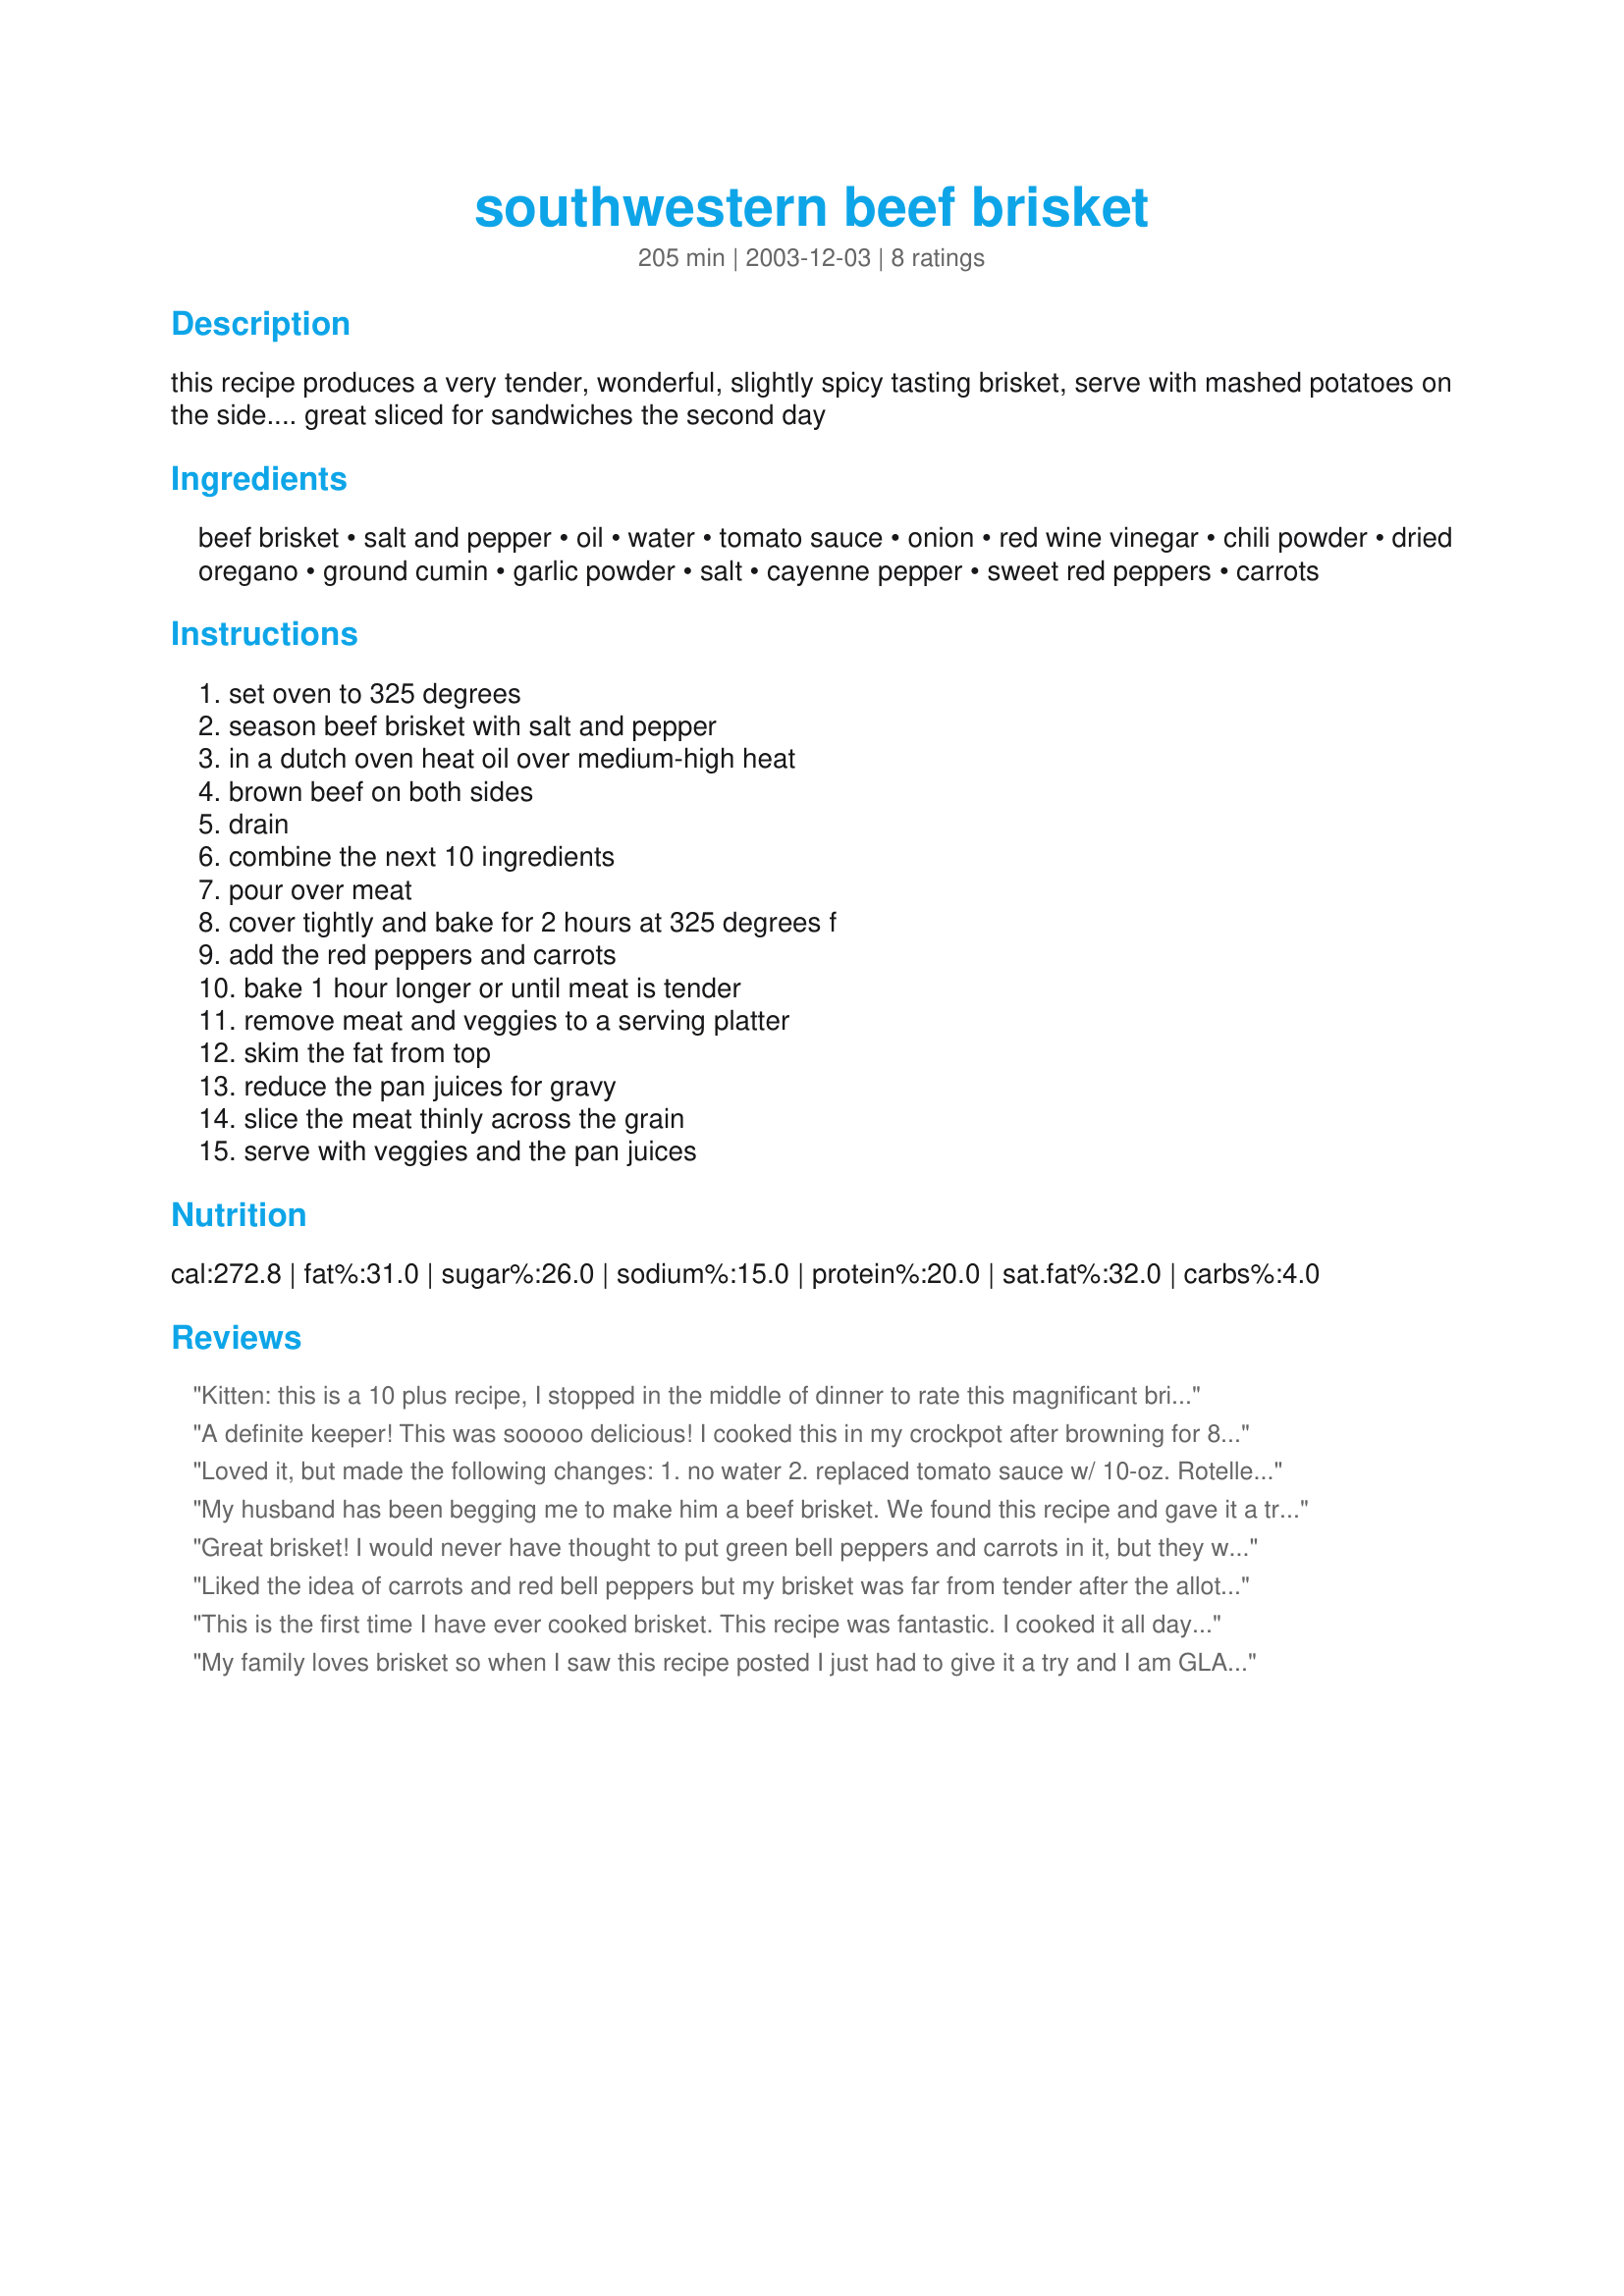
southwestern beef brisket
Preparation time: 205 minutes

this recipe produces a very tender, wonderful, slightly spicy tasting brisket, serve with mashed potatoes on the side.... great sliced for sandwiches the second day

Ingredients:
beef brisket, salt and pepper, oil, water, tomato sauce, onion, red wine vinegar, chili powder, dried oregano, ground cumin, garlic powder, salt, cayenne pepper, sweet red peppers, carrots

Steps:
set oven to 325 degrees, season beef brisket with salt and pepper, in a dutch oven heat oil over medium-high heat, brown beef on both sides, drain, combine the next 10 ingredients, pour over meat, cover tightly and bake for 2 hours at 325 degrees f, add the red peppers and carrots, bake 1 hour longer or until meat is tender, remove meat and veggies to a serving platter, skim the fat from top, reduce the pan juices for gravy, slice the meat thinly across the grain, serve with veggies and the pan juices

Reviews:
Kitten: this is a 10 plus recipe, I stopped in the middle of dinner to rate this magnificant brisket, couldn't wait... it's also very tender... dh said "boy did you find a winner".. thanks a million for your help. Nita
A definite keeper! This was sooooo delicious! I cooked this in my crockpot after browning for 8 hours and it came out so moist and tender. I only used 3/4 cup of water and added cornstarch at the end to thicken the sauce. This is by far the best brisket recipe I have ever come across - thanks.
Loved it, but made the following changes:

1. no water
2. replaced tomato sauce w/ 10-oz. Rotelle
3. used 1 green pepper and no carrots.
My husband has been begging me to make him a beef brisket. We found this recipe and gave it a try yesterday. It was FABULOUS! Definitely a keeper. We are already planning to make it again and invite friends and family over!
Great brisket! I would never have thought to put green bell peppers and carrots in it, but they were a good compliment to the meat. I did not brown it first, but that didn't seem to lessen the taste. I roasted it at 325 for 6 hours, due to a schedule change at our house and it was just perfect. Now to "suffer through" hoagies made with the leftovers tomorrow!
Thanks, Carole in Orlando
Liked the idea of carrots and red bell peppers but my brisket was far from tender after the allotted time. We liked it but probably not enough to make it again. Thank you though for the recipe.
This is the first time I have ever cooked brisket. This recipe was fantastic. I cooked it all day in my slow cooker.Of course I did brown the meat as suggested first. I did not have a small can of tomato sauce so I used a large can. It truelly is a great recipe. I will be making this again.
My family loves brisket so when I saw this recipe posted I just had to give it a try and I am GLAD I did. This is a very flavorable brisket and we so loved the Southwest Taste. Served it with rice and corn. Spooned off the fat from the broth and thicken it with cornstarch and water. Oh, I forgot the most important part. I cooked this in my 6 quart Rival crockpot.I browned the brisket as stated in the recipe but had to cut it in half to fit in my crockpot. I didn't add the water because crockpot cooking makes its own moisture. I did though use 15 ounces of tomato sauce. Thanks again for a true keeper.
